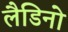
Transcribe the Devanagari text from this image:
लैडिनो